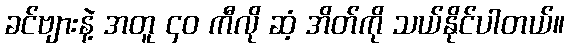
ခင်ဗျားနဲ့ အတူ ၄၀ ကီလို ဆံ့ အိတ်ကို သယ်နိုင်ပါတယ်။